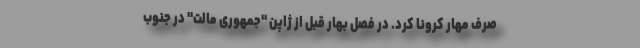
صرف مهار کرونا کرد. در فصل بهار قبل از ژاپن "جمهوری مالت" در جنوب